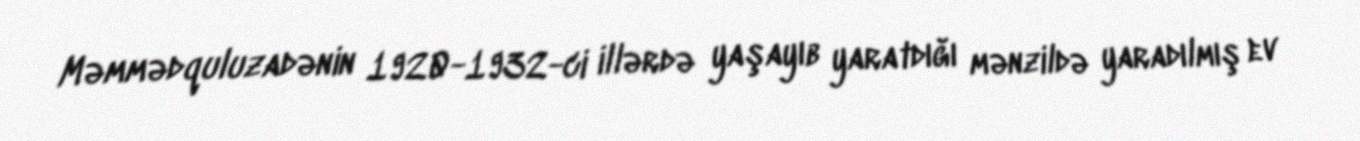
Məmmədquluzadənin 1920-1932-ci illərdə yaşayıb yaratdığı mənzildə yaradılmış ev